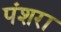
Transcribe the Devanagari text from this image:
पंशरा